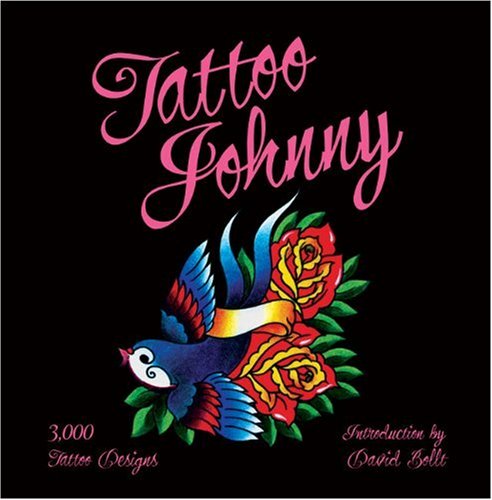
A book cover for Tattoo Johnny: 3,000 Tattoo Designs; Tattoo Johnny; Arts & Photography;